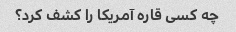
چه کسی قاره آمریکا را کشف کرد؟